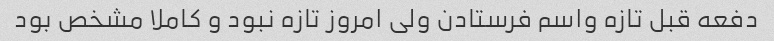
دفعه قبل تازه واسم فرستادن ولی امروز تازه نبود و کاملا مشخص بود